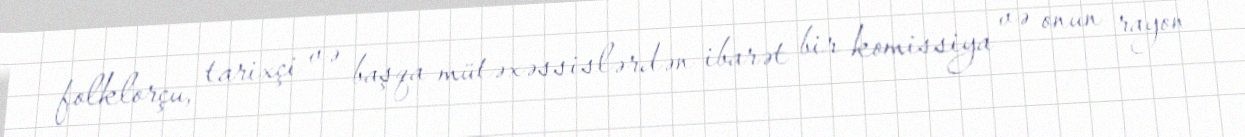
folklorçu, tarixçi və başqa mütəxəssislərdən ibarət bir komissiya və onun rayon